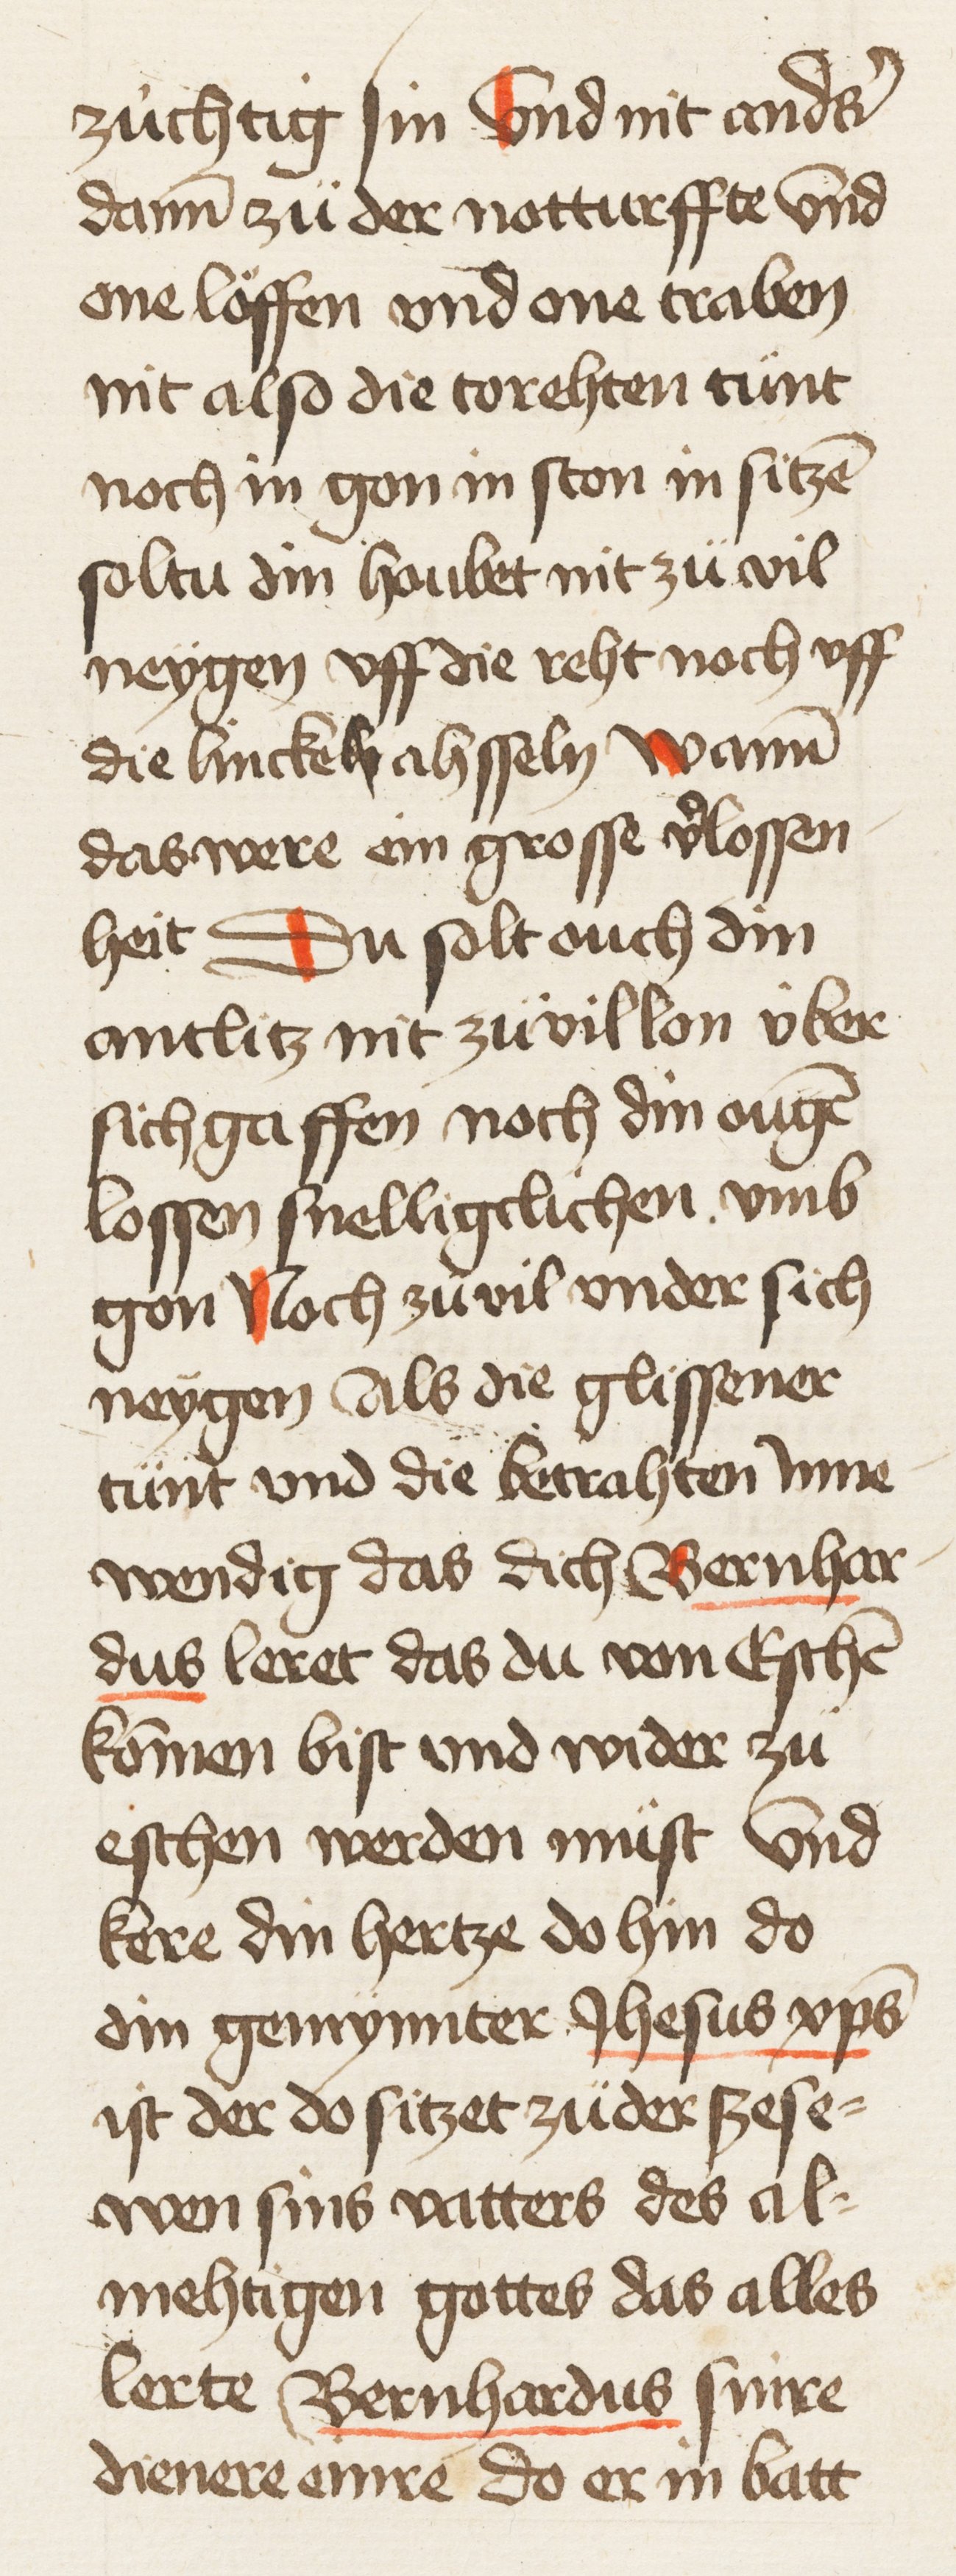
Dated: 1450–1499